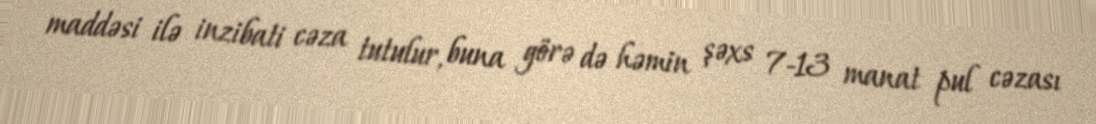
maddəsi ilə inzibati cəza tutulur, buna görə də həmin şəxs 7-13 manat pul cəzası